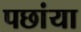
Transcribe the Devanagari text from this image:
पछांया